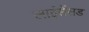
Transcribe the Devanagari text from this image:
लाईसेंसड